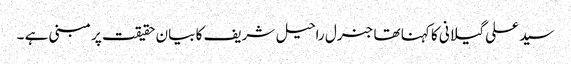
سید علی گیلانی کا کہنا تھا جنرل راحیل شریف کا بیان حقیقت پر مبنی ہے ۔